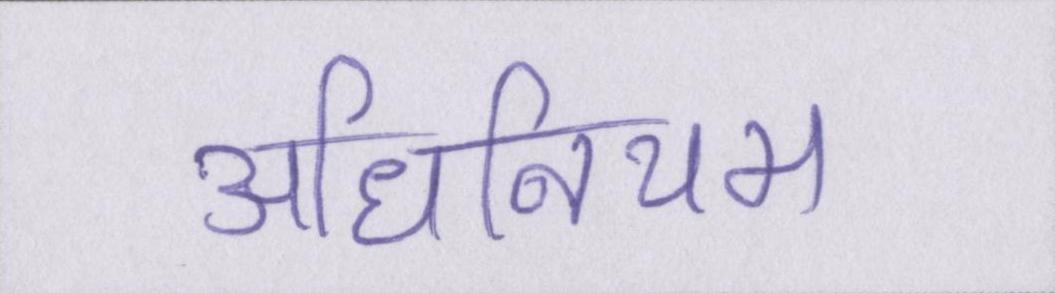
अधिनियम